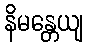
နိမန္တေယျ